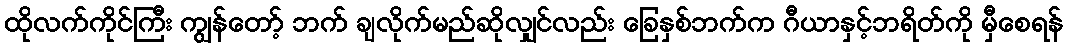
ထိုလက်ကိုင်ကြီး ကျွန်တော့် ဘက် ချလိုက်မည်ဆိုလျှင်လည်း ခြေနှစ်ဘက်က ဂီယာနှင့်ဘရိတ်ကို မှီစေရန်